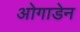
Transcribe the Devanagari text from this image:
ओगाडेन